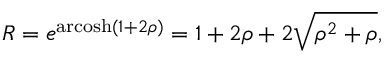
R = e ^ { \operatorname { a r c o s h } ( 1 + 2 \rho ) } = 1 + 2 \rho + 2 { \sqrt { \rho ^ { 2 } + \rho } } ,